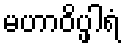
မဟာဝိပ္ဖါရံ